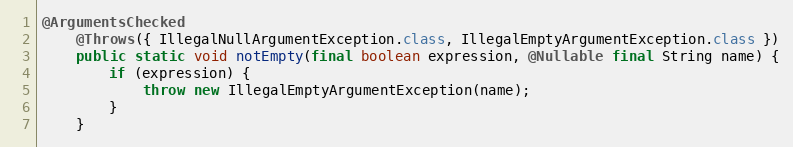
Language: Java
@ArgumentsChecked
	@Throws({ IllegalNullArgumentException.class, IllegalEmptyArgumentException.class })
	public static void notEmpty(final boolean expression, @Nullable final String name) {
		if (expression) {
			throw new IllegalEmptyArgumentException(name);
		}
	}